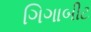
ગિગાબીટ